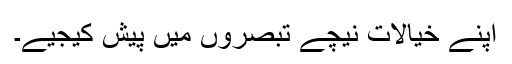
اپنے خیالات نیچے تبصروں میں پیش کیجیے۔